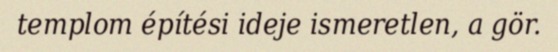
templom építési ideje ismeretlen, a gör.